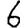
Digit: 6